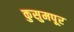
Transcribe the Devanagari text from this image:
कुसुमपूर